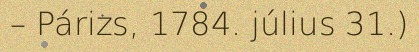
– Párizs, 1784. július 31.)